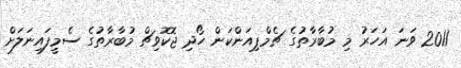
2011 ވަނަ އަހަރު މި މުބާރާތުގެ ޗެމްޕިއަންކަން ހޯދި ޖޮކޮވިޗް މުބާރާތުގެ ސެމީފައިނަލަށް